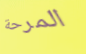
المرحة